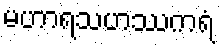
မဟာရသဟဿကရံ